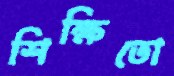
শিক্ষিতো